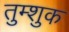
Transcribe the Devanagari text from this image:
तुम्शुक